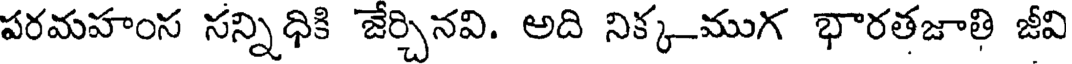
పరమహంస సన్నిధికి జేర్చినవి. అది నిక్క-ముగ భారతజాతి జీవి